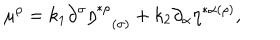
\mu ^ { \rho } = k _ { 1 } \partial ^ { \sigma } \eta _ { ( \sigma ) } ^ { * \rho } + k _ { 2 } \partial _ { \alpha } \eta ^ { * \alpha ( \rho ) } ,